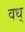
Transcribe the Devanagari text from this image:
वध्